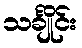
သင်္ချိုင်း